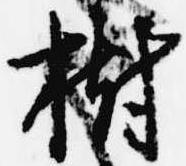
樹